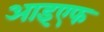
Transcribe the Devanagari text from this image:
आइएफ